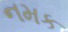
નમક